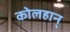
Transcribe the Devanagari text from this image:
कोलहान्